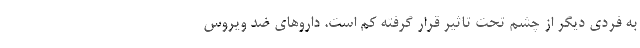
به فردی دیگر از چشم تحت تاثیر قرار گرفته کم است. داروهای ضد ویروس